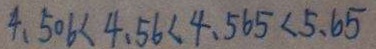
4 . 5 0 6 < 4 . 5 6 < 4 . 5 6 5 < 5 . 6 5